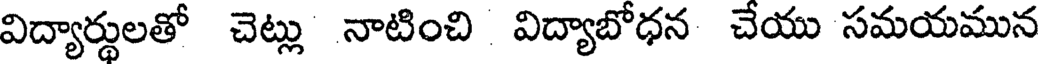
విద్యార్థులతో చెట్లు నాటించి విద్యాబోధన చేయు సమయమున